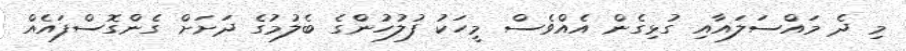
މި ދެ މައްސަލައާއި ގުޅިގެން އެއްވެސް މީހަކު ފުލުހުންގެ ބެލުމުގެ ދަށަށް ގެންގޮސްފައެއް